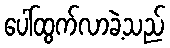
ပေါ်ထွက်လာခဲ့သည်